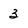
Character: 3